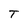
Character: T